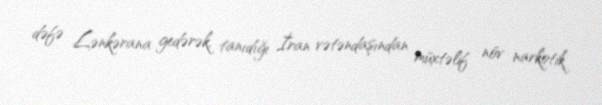
dəfə Lənkərana gedərək, tanıdığı İran vətəndaşından müxtəlif növ narkotik